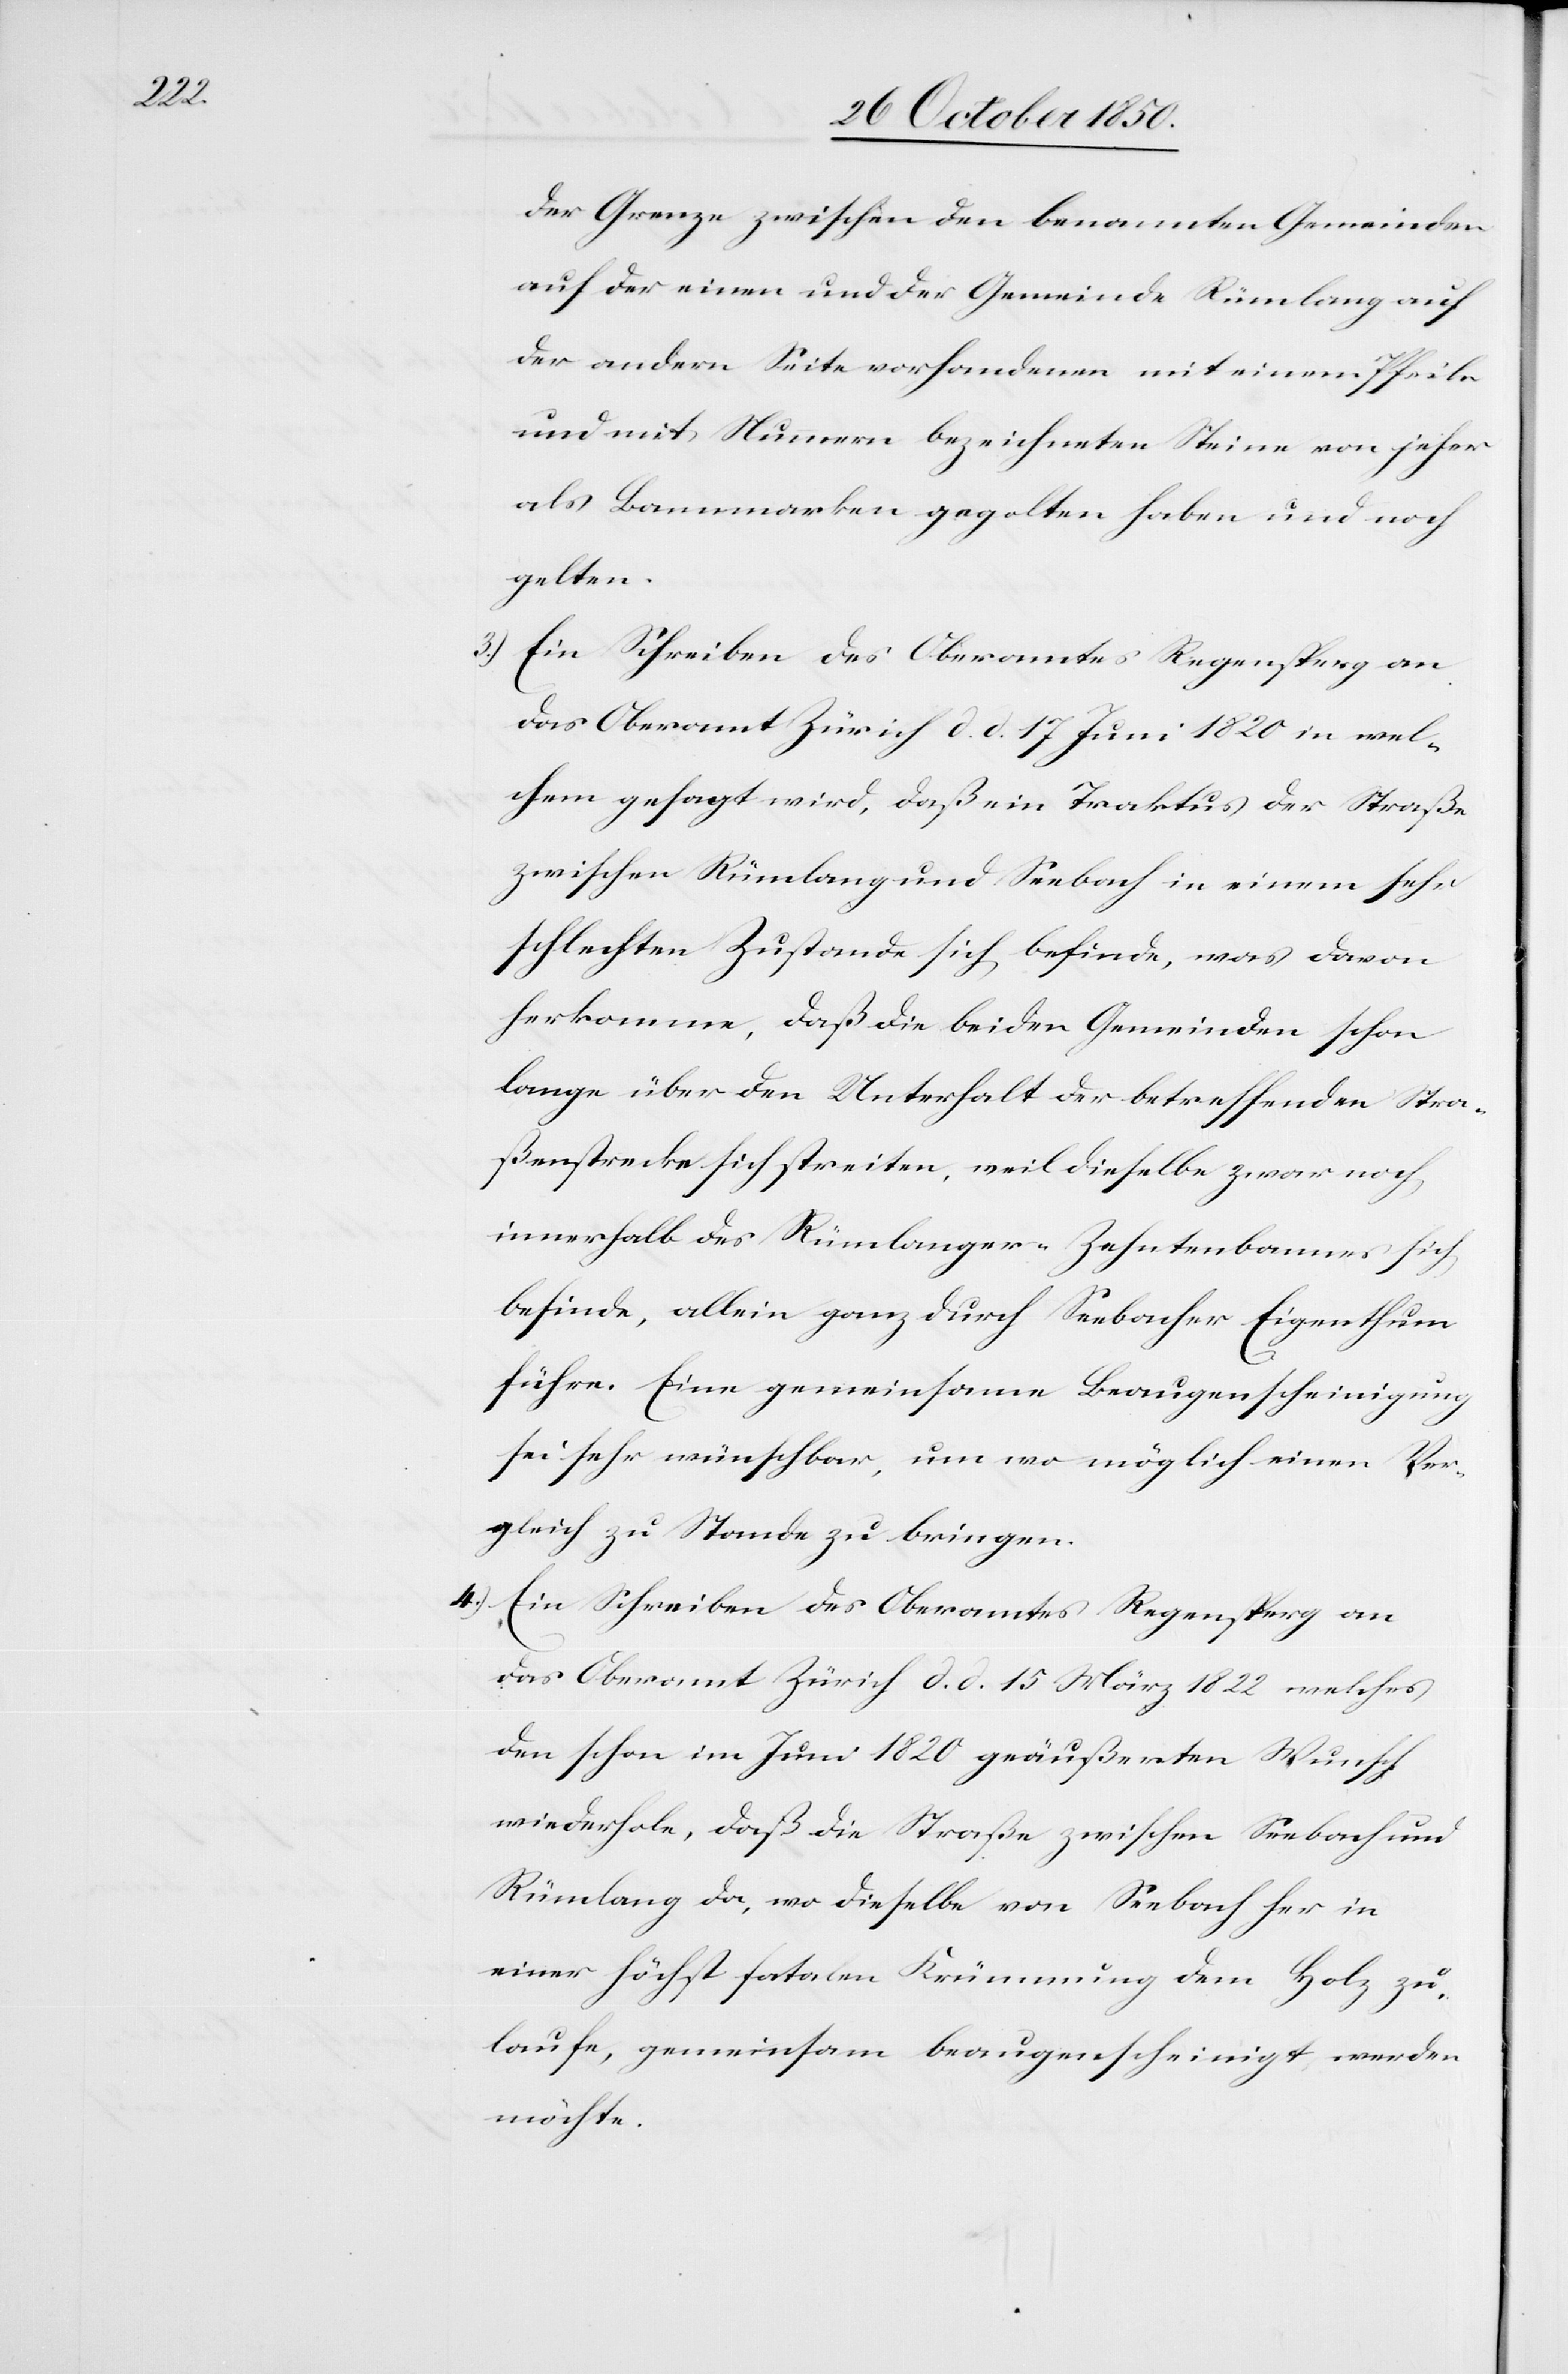
der Grenze zwischen den benannten Gemeinden
auf der einen und der Gemeinde Rümlang auf
der andern Seite vorhandenen mit einem Pfeile
und mit Nummern bezeichneten Steine von jeher
als Bannmarken gegolten haben und noch
gelten.
3.) Ein Schreiben des Oberamtes Regensperg an
das Oberamt Zürich d. d. 17 Juni 1820 in wel¬
chem gesagt wird, daß ein Traktus der Straße
zwischen Rümlang und Seebach in einem sehr
schlechten Zustande sich befinde, was davon
herkomme, daß die beiden Gemeinden schon
lange über den Unterhalt der betreffenden Stra¬
ßenstrecke sich streiten, weil dieselbe zwar noch
innerhalb des Rümlanger-Zehntenbannes sich
befinde, allein ganz durch Seebacher Eigenthum
führe. Eine gemeinsame Beaugenscheinigung
sei sehr wünschbar, um wo möglich einen Ver¬
gleich zu Stande zu bringen.
4.) Ein Schreiben des Oberamtes Regensperg an
das Oberamt Zürich d. d. 15 März 1822 welches
den schon im Juni 1820 geäußerten Wunsch
wiederhole, daß die Straße zwischen Seebach und
Rümlang da, wo dieselbe von Seebach her in
einer höchst fatalen Krümmung dem Holz zu¬
laufe, gemeinsam beaugenscheinigt werden
möchte.